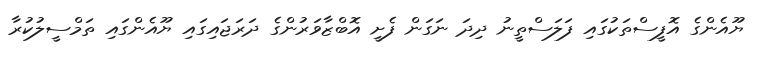
ޔޫއެންގެ އޮފީސްތަކުގައި ފަލަސްތީނު ދިދަ ނަގަން ފެށީ އޮބްޒާވަރުންގެ ދަރަޖައިގައި ޔޫއެންގައި ތަމްސީލުކުރާ